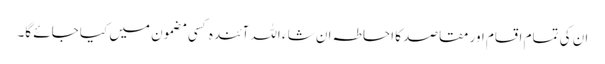
ان کی تمام اقسام اور مقاصد کا احاطہ ان شا ء اللہ آئندہ کسی مضمون میں کیا جائے گا۔